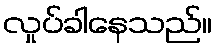
လှုပ်ခါနေသည်။